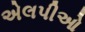
એલપીઓ